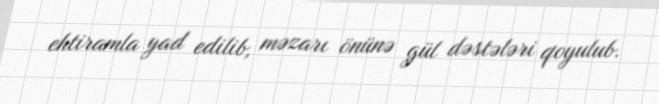
ehtiramla yad edilib, məzarı önünə gül dəstələri qoyulub.